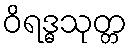
ဝိရဒ္ဓသုတ္တ